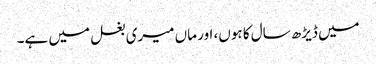
میں ڈیڑھ سال کا ہوں، اور ماں میری بغل میں ہے۔